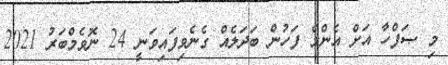
މި ޞަފްހާ އަށް އެންމެ ފަހުން ބަދަލެއް ގެނެވިފައިވަނީ 24 ނޮވެމްބަރު 2021